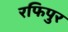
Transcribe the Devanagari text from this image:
रफिपुर